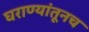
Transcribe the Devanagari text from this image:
घराण्यांतूनच